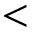
<